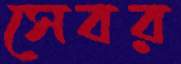
সেবর